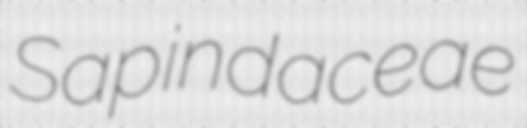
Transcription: Sapindaceae